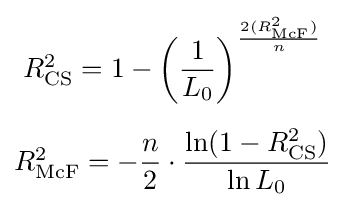
{\begin{matrix}R_{\text{CS}}^{2}=1-\left({\dfrac {1}{L_{0}}}\right)^{\frac {2(R_{\text{McF}}^{2})}{n}}\\[1.5em]R_{\text{McF}}^{2}=-{\dfrac {n}{2}}\cdot {\dfrac {\ln(1-R_{\text{CS}}^{2})}{\ln L_{0}}}\end{matrix}}